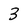
Character: 3